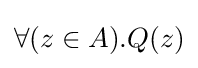
\forall (z\in A).Q(z)